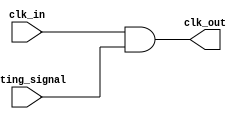
module clock_gating_cell (
    input wire clk_in,         // Global clock input
    input wire gating_signal,  // Control signal for gating
    output wire clk_out        // Gated clock output
);
    assign clk_out = clk_in & gating_signal; // Gated clock logic
endmodule